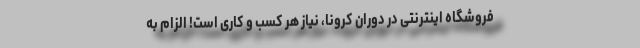
فروشگاه اینترنتی در دوران کرونا، نیاز هر کسب و کاری است! الزام به